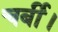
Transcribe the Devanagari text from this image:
चर्बी।